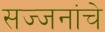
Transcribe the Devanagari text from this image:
सज्जनांचे